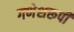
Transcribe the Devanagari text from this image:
गणेशरूपी